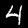
Digit: 4